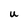
Character: U